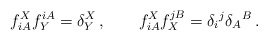
\begin{align*}f_{iA}^X f^{iA}_Y=\delta _Y^X\,,\qquad f^X_{iA}f^{jB}_X=\delta _i{}^j\delta _A{}^B\, . \end{align*}